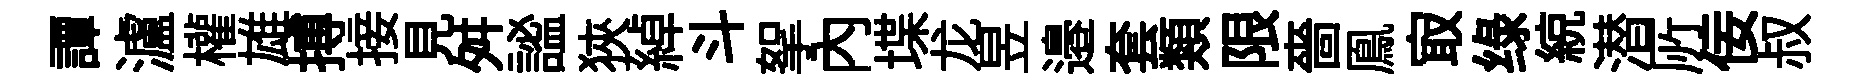
譚瀘權雄搏接見舛謐狹綽斗挐內堞龙昱邉套類限嗇鳯㝡绿綂潜𠩄佞叔